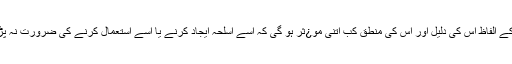
اس کے الفاظ اس کی دلیل اور اس کی منطق کب اتنی مو¿ثر ہو گی کہ اسے اسلحہ ایجاد کرنے یا اسے استعمال کرنے کی ضرورت نہ پڑے؟